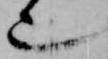
也